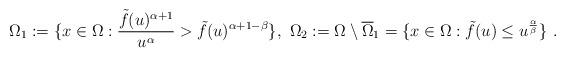
LaTeX: \begin{align*}\Omega_1:=\{x\in \Omega: \frac{\tilde{f}(u)^{\alpha+1}}{u^{\alpha}} >\tilde{f}(u)^{\alpha+1-\beta}\},\,\, \Omega_2:=\Omega \setminus \overline{\Omega}_1=\{x\in \Omega: \tilde{f}(u) \leq u^{\frac{\alpha}{\beta}}\}~.\end{align*}